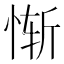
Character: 惭